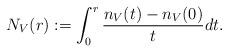
LaTeX: \begin{align*}N_V(r):=\int_0^{r} {n_V(t)-n_{V}(0)\over t} dt.\end{align*}